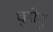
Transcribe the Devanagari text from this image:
धुनोतु